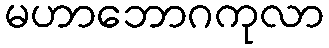
မဟာဘောဂကုလာ